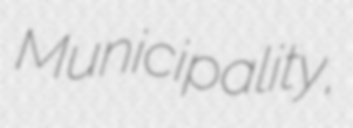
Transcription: Municipality,